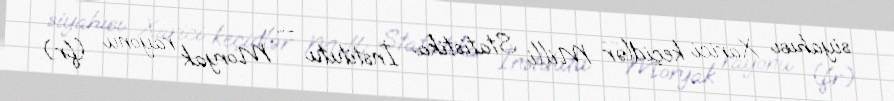
siyahısı Xarici keçidlər Milli Statistika İnstitutu — Moryak rayonu (fr.).